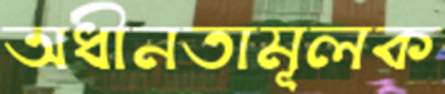
অধীনতামূলক